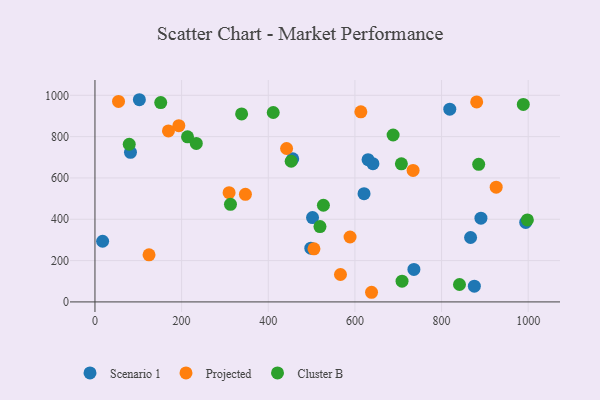
{"axis": {"x": "Experience", "y": "Rating"}, "legend": ["Cluster B", "Projected", "Scenario 1"], "data": [{"x": "890.9", "y": 405.1, "type": "Scenario 1"}, {"x": "82.0", "y": 724.2, "type": "Scenario 1"}, {"x": "641.6", "y": 669.0, "type": "Scenario 1"}, {"x": "867.0", "y": 311.8, "type": "Scenario 1"}, {"x": "502.2", "y": 408.3, "type": "Scenario 1"}, {"x": "498.2", "y": 260.3, "type": "Scenario 1"}, {"x": "994.2", "y": 384.8, "type": "Scenario 1"}, {"x": "621.1", "y": 523.7, "type": "Scenario 1"}, {"x": "630.4", "y": 688.4, "type": "Scenario 1"}, {"x": "456.5", "y": 692.6, "type": "Scenario 1"}, {"x": "875.7", "y": 76.4, "type": "Scenario 1"}, {"x": "17.7", "y": 293.6, "type": "Scenario 1"}, {"x": "819.0", "y": 932.7, "type": "Scenario 1"}, {"x": "736.2", "y": 157.2, "type": "Scenario 1"}, {"x": "102.5", "y": 978.6, "type": "Scenario 1"}, {"x": "124.8", "y": 227.8, "type": "Projected"}, {"x": "613.7", "y": 919.9, "type": "Projected"}, {"x": "881.1", "y": 967.9, "type": "Projected"}, {"x": "734.3", "y": 636.4, "type": "Projected"}, {"x": "347.3", "y": 520.8, "type": "Projected"}, {"x": "505.5", "y": 256.8, "type": "Projected"}, {"x": "566.7", "y": 132.7, "type": "Projected"}, {"x": "638.4", "y": 46.7, "type": "Projected"}, {"x": "54.4", "y": 970.2, "type": "Projected"}, {"x": "193.6", "y": 853.2, "type": "Projected"}, {"x": "309.6", "y": 528.9, "type": "Projected"}, {"x": "442.3", "y": 742.6, "type": "Projected"}, {"x": "588.8", "y": 314.1, "type": "Projected"}, {"x": "926.1", "y": 555.5, "type": "Projected"}, {"x": "169.6", "y": 827.5, "type": "Projected"}, {"x": "411.5", "y": 916.7, "type": "Cluster B"}, {"x": "213.7", "y": 798.9, "type": "Cluster B"}, {"x": "519.4", "y": 364.8, "type": "Cluster B"}, {"x": "708.8", "y": 100.2, "type": "Cluster B"}, {"x": "707.3", "y": 668.3, "type": "Cluster B"}, {"x": "151.8", "y": 964.8, "type": "Cluster B"}, {"x": "527.3", "y": 467.8, "type": "Cluster B"}, {"x": "338.5", "y": 909.7, "type": "Cluster B"}, {"x": "452.9", "y": 680.9, "type": "Cluster B"}, {"x": "885.7", "y": 666.1, "type": "Cluster B"}, {"x": "841.4", "y": 84.3, "type": "Cluster B"}, {"x": "312.8", "y": 472.6, "type": "Cluster B"}, {"x": "988.7", "y": 955.8, "type": "Cluster B"}, {"x": "233.9", "y": 767.3, "type": "Cluster B"}, {"x": "998.1", "y": 396.9, "type": "Cluster B"}, {"x": "688.2", "y": 807.8, "type": "Cluster B"}, {"x": "79.1", "y": 763.2, "type": "Cluster B"}]}